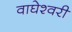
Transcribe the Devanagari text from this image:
वाघेश्वरी